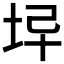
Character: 𡊓